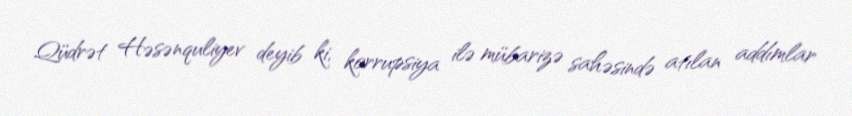
Qüdrət Həsənquliyev deyib ki, korrupsiya ilə mübarizə sahəsində atılan addımlar